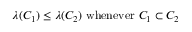
\lambda ( C _ { 1 } ) \leq \lambda ( C _ { 2 } ) { \mathrm { ~ w h e n e v e r ~ } } C _ { 1 } \subset C _ { 2 }